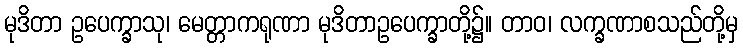
မုဒိတာ ဥပေက္ခာသု၊ မေတ္တာကရုဏာ မုဒိတာဥပေက္ခာတို့၌။ တာဝ၊ လက္ခဏာစသည်တို့မှ